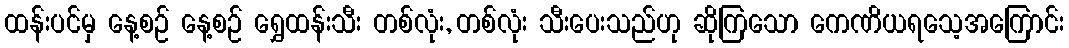
ထန်းပင်မှ နေ့စဉ် နေ့စဉ် ရွှေထန်းသီး တစ်လုံး, တစ်လုံး သီးပေးသည်ဟု ဆိုကြသော ကေဏိယရသေ့အကြောင်း